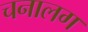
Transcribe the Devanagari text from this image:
चनालग